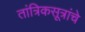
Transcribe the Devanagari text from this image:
तांत्रिकसूत्रांचे